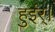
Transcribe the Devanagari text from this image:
हुइंर्।